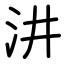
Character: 汫